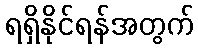
ရရှိနိုင်ရန်အတွက်